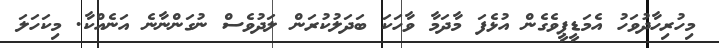
މިހުރިހާދުވަހު އެމަޑީޕީވެގެން އުޅެފަ މާދަމާ ވާހަކަ ބަދަލުކުރަން ލަދުވެސް ނުގަންނާނެ އަނެއްކާ. މިކަހަލަ